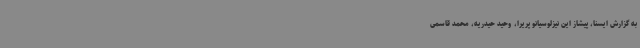
به گزارش ایسنا، پیشاز این نیزلوسیانو پریرا، وحید حیدریه، محمد قاسمی